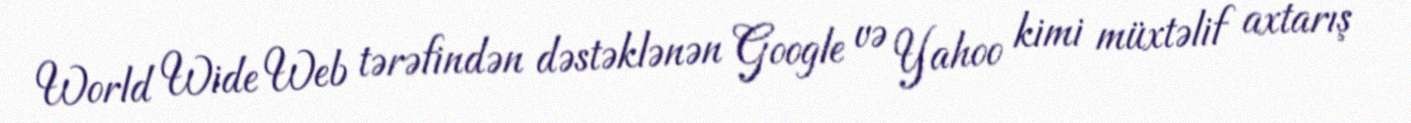
World Wide Web tərəfindən dəstəklənən Google və Yahoo kimi müxtəlif axtarış